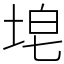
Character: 𪣝